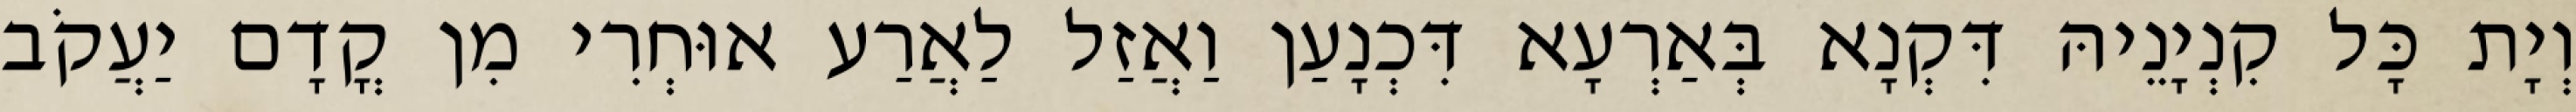
וְיָת כָּל קִנְיָנֵיהּ דִּקְנָא בְּאַרְעָא דִּכְנָעַן וַאֲזַל לַאֲרַע אוּחְרִי מִן קֳדָם יַעֲקֹב